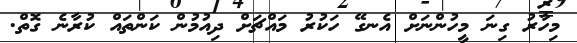
މިހާރު ގިނަ މީހުންނަށް އެނގޭ ހަކުރު މައްޗަށް ދިއުމުން ކަންތައް ކުރާނެ ގޮތް.